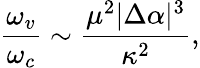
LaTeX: \frac{\omega_{v}}{\omega_{c}}\sim\frac{\mu^{2}|\Delta\alpha|^{3}}{\kappa^{2}},